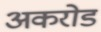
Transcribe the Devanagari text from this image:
अकरोड